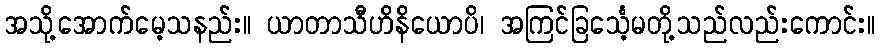
အသို့အောက်မေ့သနည်း။ ယာတာသီဟိနိယောပိ၊ အကြင်ခြင်္သေ့မတို့သည်လည်းကောင်း။